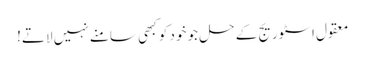
معقول اسٹوریج کے حل جو خود کو کبھی سامنے نہیں لاتے!